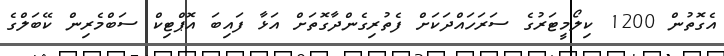
އެގޮތުން 1200 ކިލޯމީޓަރުގެ ސަރަހައްދަކަށް ފެތުރިގެންދާގޮތަށް އަޅާ ފައިބަ އޮޕްޓިކް ސަބްމެރިން ކޭބަލްގެ